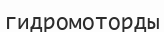
гидромоторды